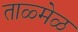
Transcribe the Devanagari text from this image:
ताळ्मेळ